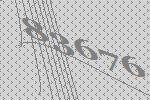
83676